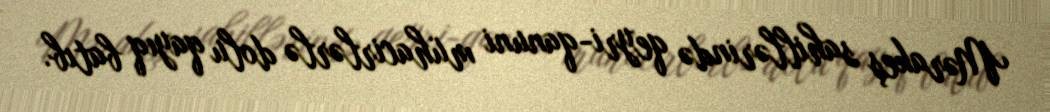
Mərakeş sahillərində qeyri-qanuni mühacirlərlə dolu qayıq batıb.